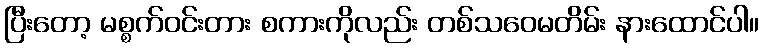
ပြီးတော့ မစ္စက်ဝင်းတား စကားကိုလည်း တစ်သဝေမတိမ်း နားထောင်ပါ။